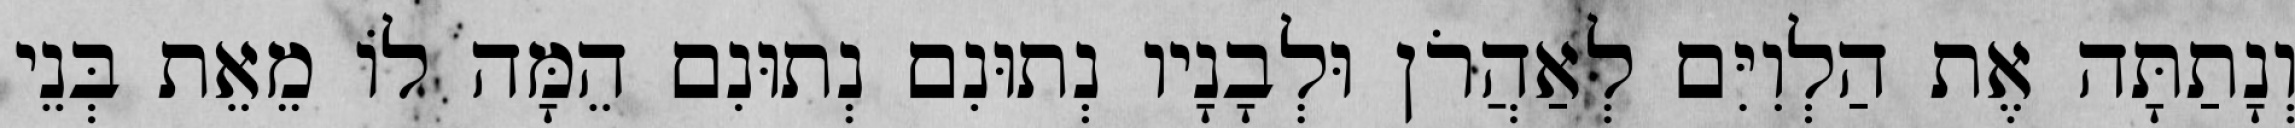
וְנָתַתָּה אֶת הַלְוִיִּם לְאַהֲרֹן וּלְבָנָיו נְתוּנִם נְתוּנִם הֵמָּה לוֹ מֵאֵת בְּנֵי